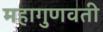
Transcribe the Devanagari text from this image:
महागुणवती